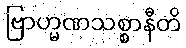
ဗြာဟ္မဏသစ္စာနီတိ